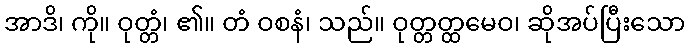
အာဒိ၊ ကို။ ဝုတ္တံ၊ ၏။ တံ ဝစနံ၊ သည်။ ဝုတ္တတ္ထမေဝ၊ ဆိုအပ်ပြီးသော